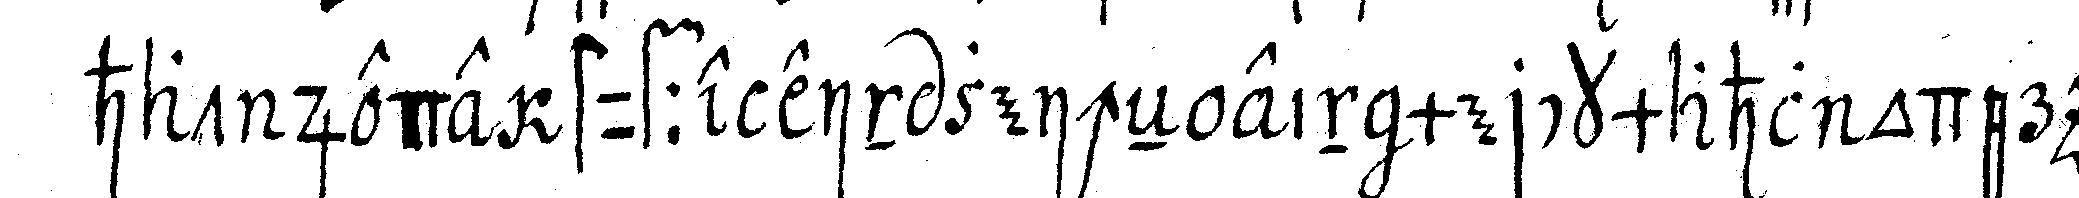
hat jede stuffe ein zeicheN ein merckmahl oder